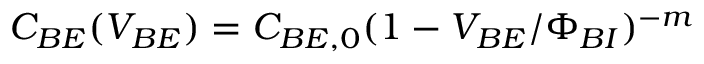
C _ { B E } ( V _ { B E } ) = C _ { B E , 0 } ( 1 - V _ { B E } / \Phi _ { B I } ) ^ { - m }